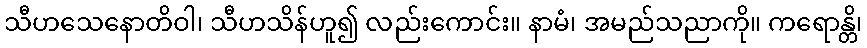
သီဟသေနောတိဝါ၊ သီဟသိန်ဟူ၍ လည်းကောင်း။ နာမံ၊ အမည်သညာကို။ ကရောန္တိ၊